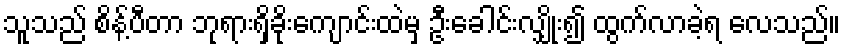
သူသည် စိန့်ပီတာ ဘုရားရှိခိုးကျောင်းထဲမှ ဦးခေါင်းလျှိုး၍ ထွက်လာခဲ့ရ လေသည်။